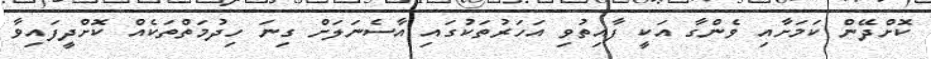
ކޮށްދޭން ކަމަށާއި ވެންގާ އަކީ ފާއިތުވި އަހަރުތަކުގައި އާސެނަލަށް ގިނަ ހިދުމަތްތަކެއް ކޮށްދީފައިވާ